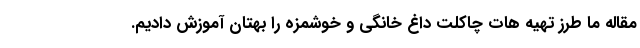
مقاله ما طرز تهیه هات چاکلت داغ خانگی و خوشمزه را بهتان آموزش دادیم.